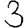
Digit: 3